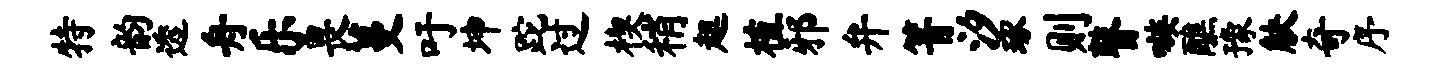
特韵透舟乐畏蔓吁坤跎过楔稍趄植邪弁箐汐琢则瞽嗾醮豫觖奇序